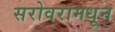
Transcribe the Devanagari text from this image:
सरोवरामधून